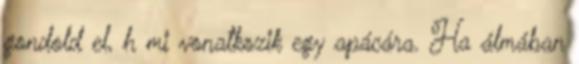
gondold el, h mi vonatkozik egy apácára. Ha álmában